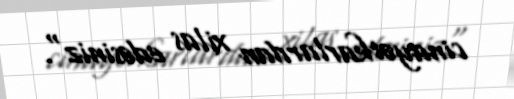
cinayətkarlardan xilas edəsiniz".